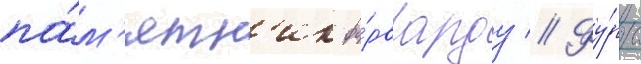
па́м'ятн'ик фо́рварду // Фу́рс